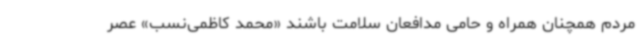
مردم همچنان همراه و حامی مدافعان سلامت باشند «محمد کاظمی‌نسب» عصر